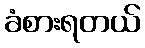
ခံစားရတယ်